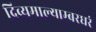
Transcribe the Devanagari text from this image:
दिव्यमाल्याम्बरधरं